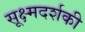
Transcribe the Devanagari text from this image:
सूक्ष्मदर्शकी